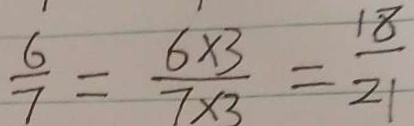
\frac { 6 } { 7 } = \frac { 6 \times 3 } { 7 \times 3 } = \frac { 1 8 } { 2 1 }